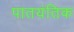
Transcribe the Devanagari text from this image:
पातयंतिक